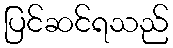
ပြင်ဆင်ရသည်